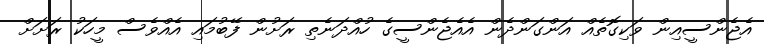
އެޖެންސީއިން ވަކިގޮތެއް އަންގަންދެން އެއެޖެންސީގެ ހުއްދަނެތި ރަށުން ފޭބުމައި އެއްވެސް މީހަކު ރަށަށް